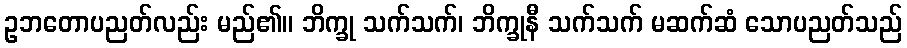
ဥဘတောပညတ်လည်း မည်၏။ ဘိက္ခု သက်သက်၊ ဘိက္ခုနီ သက်သက် မဆက်ဆံ သောပညတ်သည်